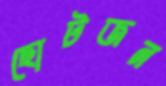
ছোটজন